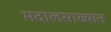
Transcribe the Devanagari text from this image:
मदालसाख्यान